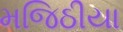
મજિઠીયા